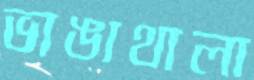
ভাঙাথালা